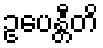
ဥပေန္တီတိ